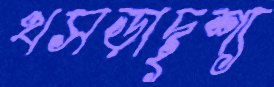
খসড়াদৃশ্য